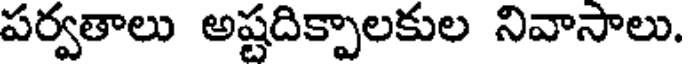
పర్వతాలు అష్టదిక్పాలకుల నివాసాలు.